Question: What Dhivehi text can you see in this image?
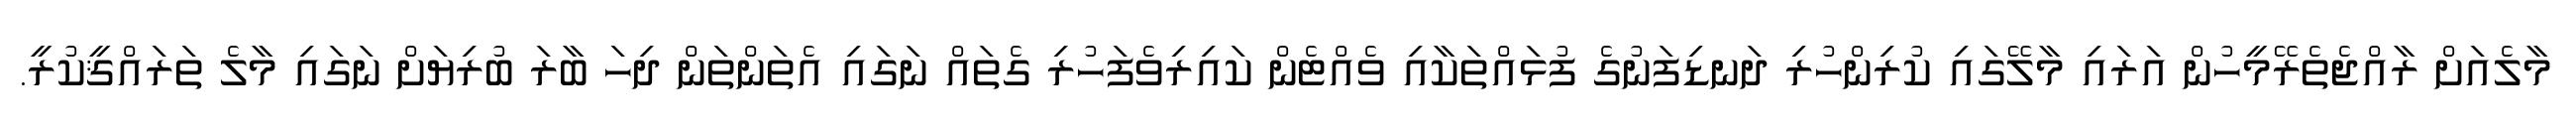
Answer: މާލެއަށް ރާއްޖެތެރޭމީހުން އަރައި މާލޭގައި ކުރިންހުރި ދަނޑިފަނުގެ ފުޅައްތަކާއި ވެއްޓެން ކައިރިވެފަހުރި ގެތައް ނަގައި އެތަންތަން ދިހަ ބާރަ ބުރިޔަށް ނަގައި މާލެ ތަރައްޤީކުރީ.